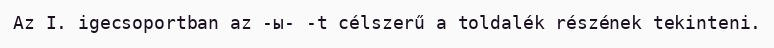
Az I. igecsoportban az -ы- -t célszerű a toldalék részének tekinteni.